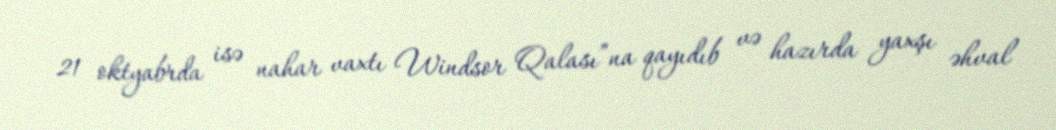
21 oktyabrda isə nahar vaxtı Windsor Qalası”na qayıdıb və hazırda yaxşı əhval